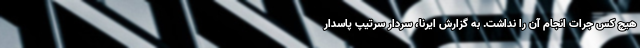
هیچ کس جرات انجام آن را نداشت. به گزارش ایرنا، سردار سرتیپ پاسدار